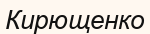
Кирющенко